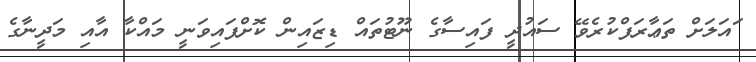
ައަލަށް ތަޢާރަފްކުރެވޭ ސައުދީ ފައިސާގެ ނޫޓުތައް ޑިޒައިން ކޮށްފައިވަނީ މައްކާ އާއި މަދީނާގެ